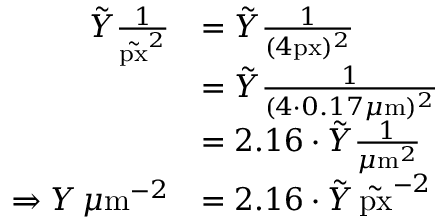
\begin{array} { r l } { \tilde { Y } \frac { 1 } { \tilde { \mathrm { p x } } ^ { 2 } } } & { = \tilde { Y } \frac { 1 } { ( 4 \mathrm { p x } ) ^ { 2 } } } \\ & { = \tilde { Y } \frac { 1 } { ( 4 \cdot 0 . 1 7 \mu \mathrm { m } ) ^ { 2 } } } \\ & { = 2 . 1 6 \cdot \tilde { Y } \frac { 1 } { \mu \mathrm { m } ^ { 2 } } } \\ { \Rightarrow Y \, \mu \mathrm { m } ^ { - 2 } } & { = 2 . 1 6 \cdot \tilde { Y } \, \tilde { \mathrm { p x } } ^ { - 2 } } \end{array}